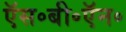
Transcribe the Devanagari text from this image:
ऍस॰बी॰ऍन॰